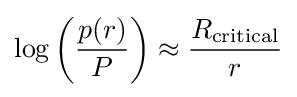
\log \left({\frac {p(r)}{P}}\right)\approx {\frac {R_{\rm {critical}}}{r}}